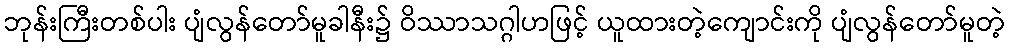
ဘုန်းကြီးတစ်ပါး ပျံလွန်တော်မူခါနီး၌ ဝိဿာသဂ္ဂါဟဖြင့် ယူထားတဲ့ကျောင်းကို ပျံလွန်တော်မူတဲ့